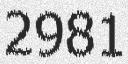
2981